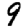
Digit: 9